Vaccine operations Central Provinces & Berar 1912-1920 - 1912-1920
Year: 1912
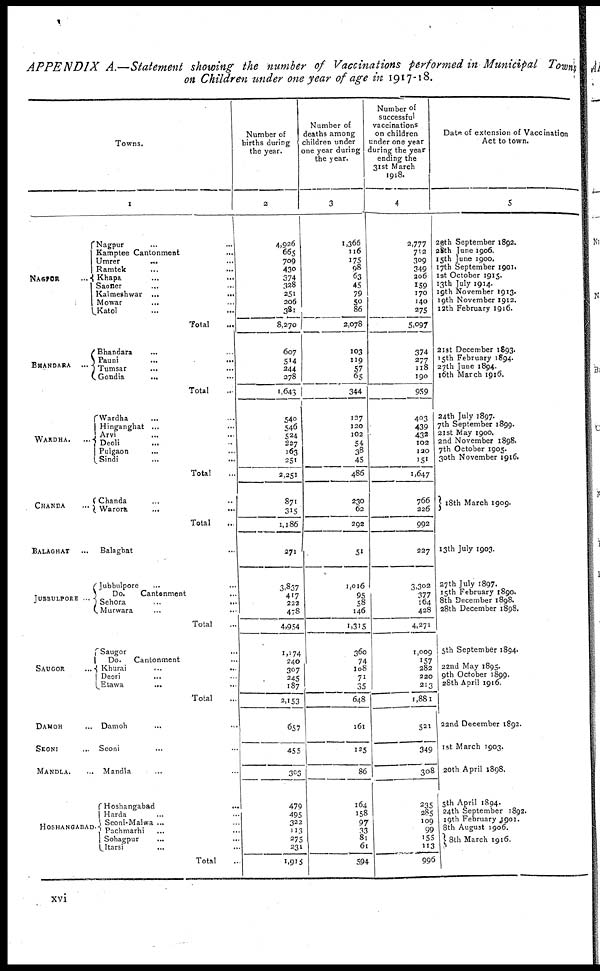
APPENDIX
A.—Statement showing the number of Vaccinations performed in Municipal Towns
on Children under one year of age in 1917-18.
Towns.
NAGPUR ...
BHANDARA
...
WARDHA. ...
CHANDA
...
BALAGHAT ...
JUBBULPORE ...
SAUGOR ...
DAMOH ...
SEONI ...
MANDLA. ...
HOSHANGABAD.
1
Nagpur ... ...
Kamptee Cantonment
...
Umrer
...
...
Ramtek
... ...
Khapa
...
...
Saoner
... ...
Kalmeshwar ...
...
Mowar
... ...
Katol ... ...
Total ...
Bhandara
...
...
Pauni
... ...
Tumsar
...
...
Gondia
... ...
Total ...
Wardha
...
...
Hinganghat ...
...
Arvi
...
...
Deoli
...
...
Pulgaon
... ...
Sindi ... ...
Total ...
Chanda
...
...
Warora ... ...
Total ...
Balaghat ... ...
Jubbulpore
...
...
Do.
Cantonment
...
Sehora
... ...
Murwara ... ...
Total ...
Saugor
...
...
Do.
Cantonment
...
Khurai
... ...
Deori ... ...
Etawa
... ...
Total ...
Damoh ... ...
Seoni ... ...
Mandla ... ...
Hoshangabad ... ...
Harda
...
...
Seoni-Malwa ...
Pachmarhi
... ...
Sohagpur
... ...
Itarsi ... ...
Total ...
Number of
births during
the year.
2
4,926
665
709
430
374
328
251
206
381
8,270
607
514
244
278
1,643
540
546
524
227
163
251
2,251
871
315
1,186
271
3,837
417
222
478
4,954
1,174
240
307
245
187
2,153
657
455
303
479
495
322
113
275
231
1,915
Number of
deaths among
children under
one year during
the year.
3
1,366
116
175 98
63
45
79
50
86
2,078
103
119
57
65
344
127
120
102
54
38
45
486
230
62
292
51
1,016
95
58
146
1,315
360
74
108
71
35
648
161
125
86
164
158
97
33
81
61
594
Number of
successful
vaccinations
on children
under one year
during the year
ending the
31st March
1918.
4
2,777
712
309
349
206
159
170
140
275
5,097
374
277
118
190
959
403
439
432
102
120
151
1,647
766
226
992
227
3,302
377
164
428
4,271
1,009
157
282
220
213
1,881
521
349
308
235
285
109
99
155
113
996
Date of extension of Vaccination
Act to town.
5
29th September 1892.
28th June 1906.
15th June 1900.
17th September 1901.
1st October 1915.
13th July 1914.
19th November 1913.
19th November 1912.
12th February 1916.
21st December 1893.
15th February 1894.
27th June 1894.
16th March 1916.
24th July 1897.
7th September 1899.
21st May 1900.
2nd November 1898.
7th October 1905.
30th November 1916.
18th March 1909.
13th July 1903.
27th July 1897.
15th February 1890.
8th December 1898.
28th December 1898.
5th September 1894.
22nd May 1895.
9th October 1899.
28th April 1916
22nd December 1892.
1st March 1903.
20th April 1898.
5th April 1894.
24th September 1892.
19th February 1901.
8th August 1906.
8th March 1916.
xvi